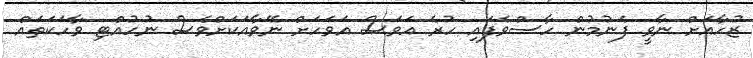
ޒުހާއަށް ނާވީ ފެނުމުން ހާސްވެފައި ހުރެ އަވަސް އަވަހަށް ނޭވާއަކަށްވެސް ނުހުއްޓި ވާހަކަތައް